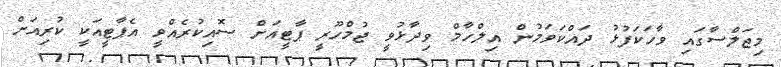
މިޖަލްސާގައި ވާހަކަފުޅު ދައްކަވަމުން އިލްހާމް ވިދާޅުވީ ޖުމްްހޫރީ ޕާޓީއަށް ސޮއިކުރެއްވީ އެޕާޓީއަކީ ކުރިއަށް